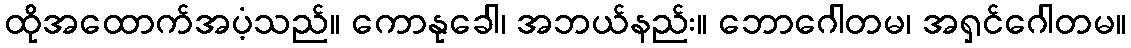
ထိုအထောက်အပံ့သည်။ ကောနုခေါ၊ အဘယ်နည်း။ ဘောဂေါတမ၊ အရှင်ဂေါတမ။